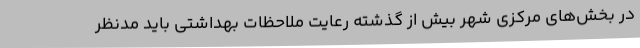
در بخش‌های مرکزی شهر بیش از گذشته رعایت ملاحظات بهداشتی باید مدنظر